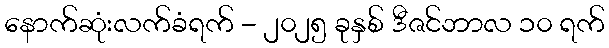
နောက်ဆုံးလက်ခံရက် - ၂၀၂၅ ခုနှစ် ဒီဇင်ဘာလ ၁၀ ရက်